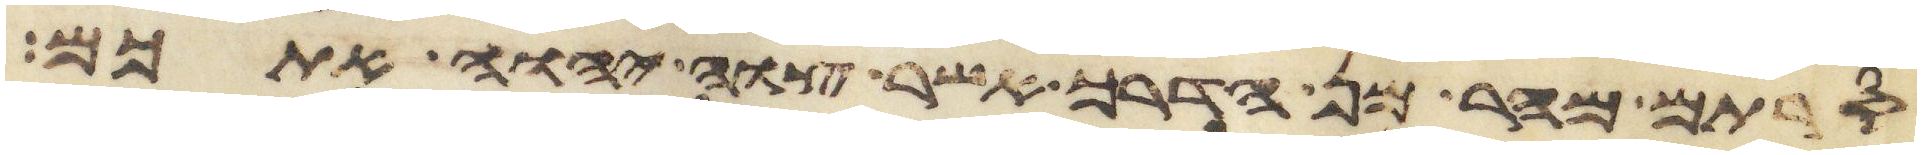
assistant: סרתם מהר מן הדרך אשר צוה יהוה אתכם